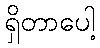
ရှိတာပေါ့